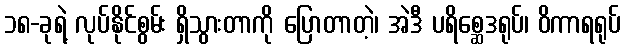
၁၈-ခုရဲ့ လုပ်နိုင်စွမ်း ရှိသွားတာကို ပြောတာတဲ့၊ အဲဒီ ပရိစ္ဆေဒရုပ်၊ ဝိကာရရုပ်